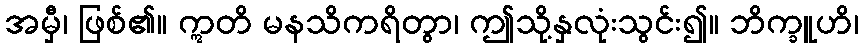
အမှီ၊ ဖြစ်၏။ ဣတိ မနသိကရိတွာ၊ ဤသို့နှလုံးသွင်း၍။ ဘိက္ခူဟိ၊